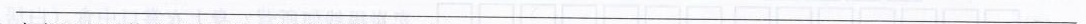
___